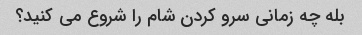
بله چه زمانی سرو کردن شام را شروع می کنید؟